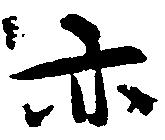
亦